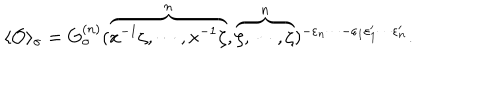
LaTeX: \langle { \cal O } \rangle _ { \sigma } = G _ { \sigma } ^ { ( n ) } ( \overbrace { x ^ { - 1 } \zeta , \cdots , x ^ { - 1 } \zeta } ^ { n } , \overbrace { \zeta , \cdots , \zeta } ^ { n } ) ^ { - \varepsilon _ { n } \cdots - \varepsilon _ { 1 } \varepsilon _ { 1 } ^ { \prime } \cdots \varepsilon _ { n } ^ { \prime } } .